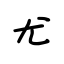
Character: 尤